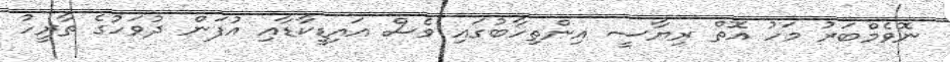
ނޮވެމްބަރު މަހު އޮތް ރިޔާސީ އިންތިހާބުގައި ވެސް އައިޑީކާޑާއި އުފަން ދުވަހުގެ ތާރީހު